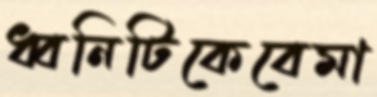
ধ্বনিটিকেবেমা